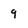
Character: 9